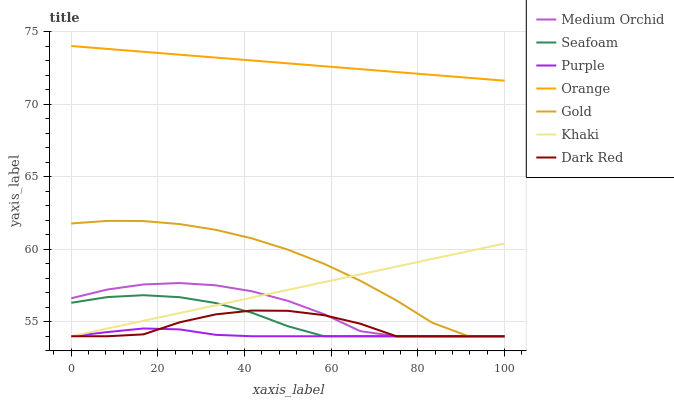
| xaxis_label | Medium Orchid | Seafoam | Purple | Orange | Gold | Khaki | Dark Red |
 | --- | --- | --- | --- | --- | --- | --- | --- |
 | 0 | 56.6 | 56.3 | 54 | 74 | 61.8 | 54 | 54 |
 | 8.33 | 57.2 | 56.7 | 54.3 | 73.8 | 61.9 | 54.5 | 54 |
 | 16.7 | 57.6 | 56.8 | 54.5 | 73.6 | 61.9 | 55.1 | 54.1 |
 | 25 | 57.7 | 56.7 | 54.5 | 73.4 | 61.7 | 55.6 | 55 |
 | 33.3 | 57.5 | 56.3 | 54.1 | 73.2 | 61.3 | 56.1 | 55.5 |
 | 41.7 | 57.1 | 55.6 | 54 | 73 | 60.7 | 56.7 | 55.8 |
 | 50 | 56.4 | 54.7 | 54 | 72.8 | 60 | 57.2 | 55.8 |
 | 58.3 | 55.5 | 54 | 54 | 72.6 | 59 | 57.7 | 55.5 |
 | 66.7 | 54.4 | 54 | 54 | 72.4 | 57.8 | 58.3 | 54.9 |
 | 75 | 54 | 54 | 54 | 72.2 | 56.5 | 58.8 | 54 |
 | 83.3 | 54 | 54 | 54 | 72 | 54.9 | 59.3 | 54 |
 | 91.7 | 54 | 54 | 54 | 71.8 | 54 | 59.9 | 54 |
 | 100 | 54 | 54 | 54 | 71.6 | 54 | 60.4 | 54 |